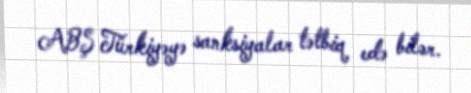
ABŞ Türkiyəyə sanksiyalar tətbiq edə bilər.